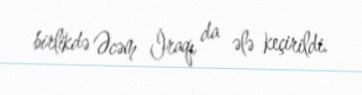
birlikdə Əcəm İraqı da ələ keçirildi.